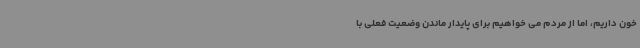
خون داریم، اما از مردم می خواهیم برای پایدار ماندن وضعیت فعلی با